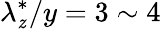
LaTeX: \lambda_{\mathit{z}}^{*}/y=3\sim4